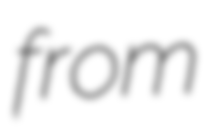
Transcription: from